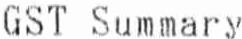
GST SUMMARY